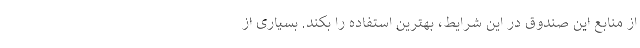
از منابع این صندوق در این شرایط، بهترین استفاده را بکند. بسیاری از